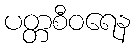
ပတ္တစီဝရေန